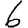
Digit: 6